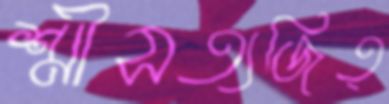
শ্রীসত্যজিত্